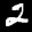
Digit: 2